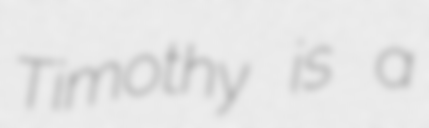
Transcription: Timothy is a